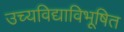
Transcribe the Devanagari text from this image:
उच्यविद्याविभूषित